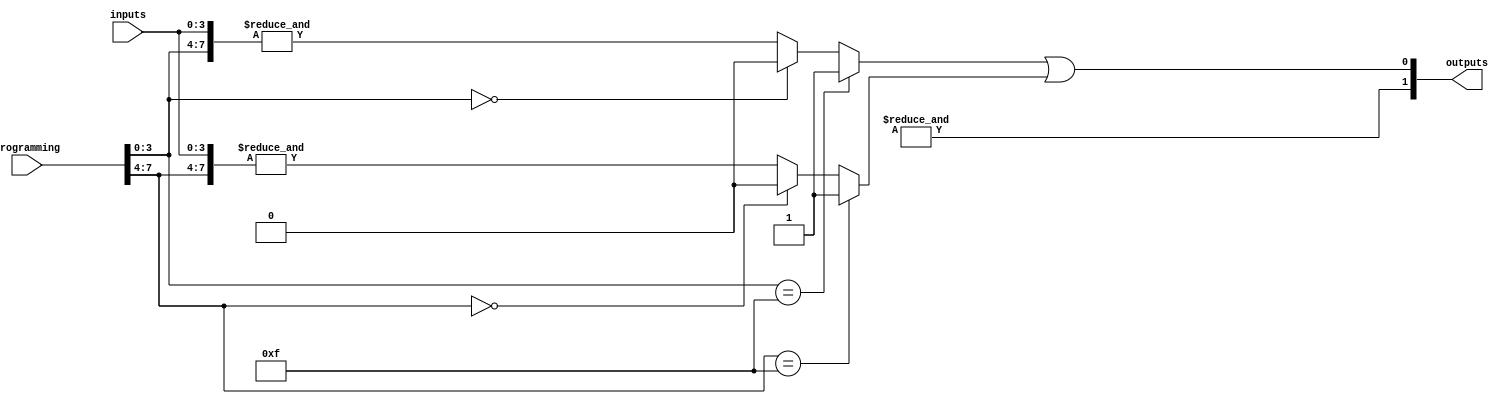
module flash_programmable_pal (
    input wire [N-1:0] inputs,      // N input pins
    input wire [M-1:0] programming,  // M programming pins for AND array
    output wire [P-1:0] outputs      // P output pins
);

// Parameters
parameter N = 4; // Number of inputs
parameter M = 8; // Number of programming bits for AND array
parameter P = 2; // Number of outputs
parameter K = 4; // Number of product terms in the AND array

// Internal wires for AND array outputs
wire [K-1:0] and_outputs;

// Programmable AND Array
genvar i, j;
generate
    for (i = 0; i < K; i = i + 1) begin : and_array
        // Each AND gate can be programmed based on the programming bits
        assign and_outputs[i] = 
            (programming[i*N +: N] == {N{1'b1}}) ? 1'b1 : // All inputs
            (programming[i*N +: N] == {N{1'b0}}) ? 1'b0 : // No inputs
            &({inputs, programming[i*N +: N]});        // AND operation based on programming
    end
endgenerate

// Fixed OR Array
assign outputs[0] = and_outputs[0] | and_outputs[1]; // Example OR connections
assign outputs[1] = and_outputs[2] | and_outputs[3]; // Example OR connections

endmodule